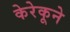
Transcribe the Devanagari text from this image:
केरेकूने